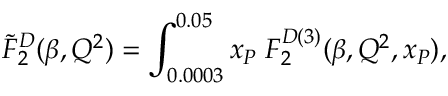
\tilde { F } _ { 2 } ^ { D } ( \beta , Q ^ { 2 } ) = \int _ { 0 . 0 0 0 3 } ^ { 0 . 0 5 } \d x _ { P } \; F _ { 2 } ^ { D ( 3 ) } ( \beta , Q ^ { 2 } , x _ { P } ) ,